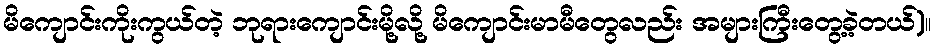
မိကျောင်းကိုးကွယ်တဲ့ ဘုရားကျောင်းမို့လို့ မိကျောင်းမာမီတွေလည်း အများကြီးတွေ့ခဲ့တယ်)။